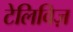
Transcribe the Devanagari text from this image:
टेलिविज़